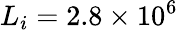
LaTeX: L_{i}=2.8\times 10^{6}